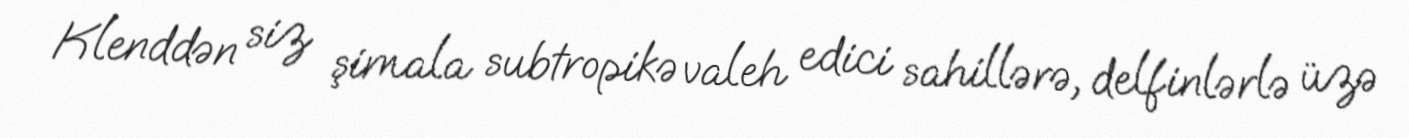
Klenddən siz şimala subtropikə valeh edici sahillərə, delfinlərlə üzə